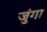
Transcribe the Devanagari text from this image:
जुंगा